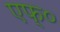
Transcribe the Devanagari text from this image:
एफ्‌०